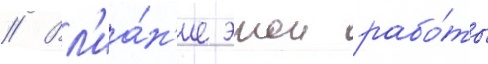
// Вл'иа́н'ие этои рабо́ты